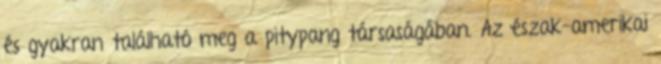
és gyakran található meg a pitypang társaságában. Az észak-amerikai